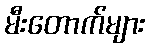
မီးတောက်များ